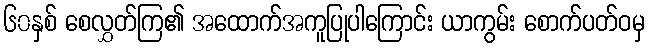
၆၀နှစ် စေလွှတ်ကြ၏ အထောက်အကူပြုပါကြောင်း ယာကွမ်း စောက်ပတ်ဝမှ